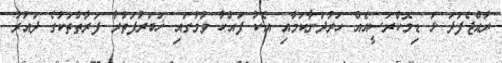
ރާއްޖެފަދަ ޅަ ޑިމޮކްރަސީއެއް ހަރުދަނާކަމާއި އެކު ފައްކާ ވުމުގައި ޚަބަރުފަތުރާ ފަރާތްތަކުގެ ދައުރު